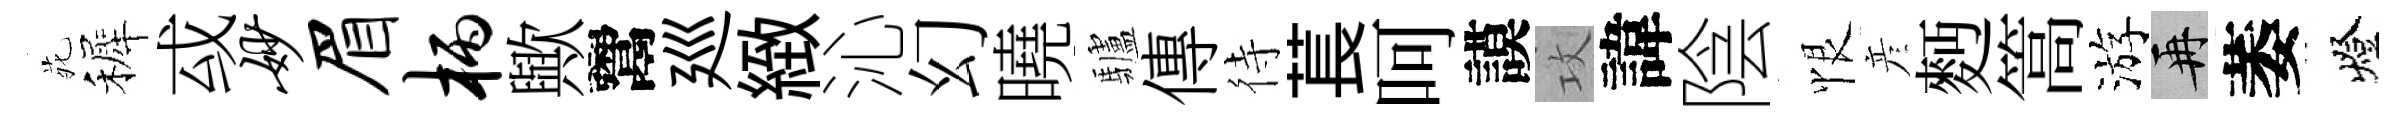
𫟍裤㦯妙眉柄歟鬻廵緻沁幻曉驢傳待萇呵謨攻諱陰恨彦麪篙游再萎燈